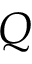
Q